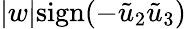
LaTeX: |w|\mathrm{sign}(-\tilde{u}_{2}\tilde{u}_{3})